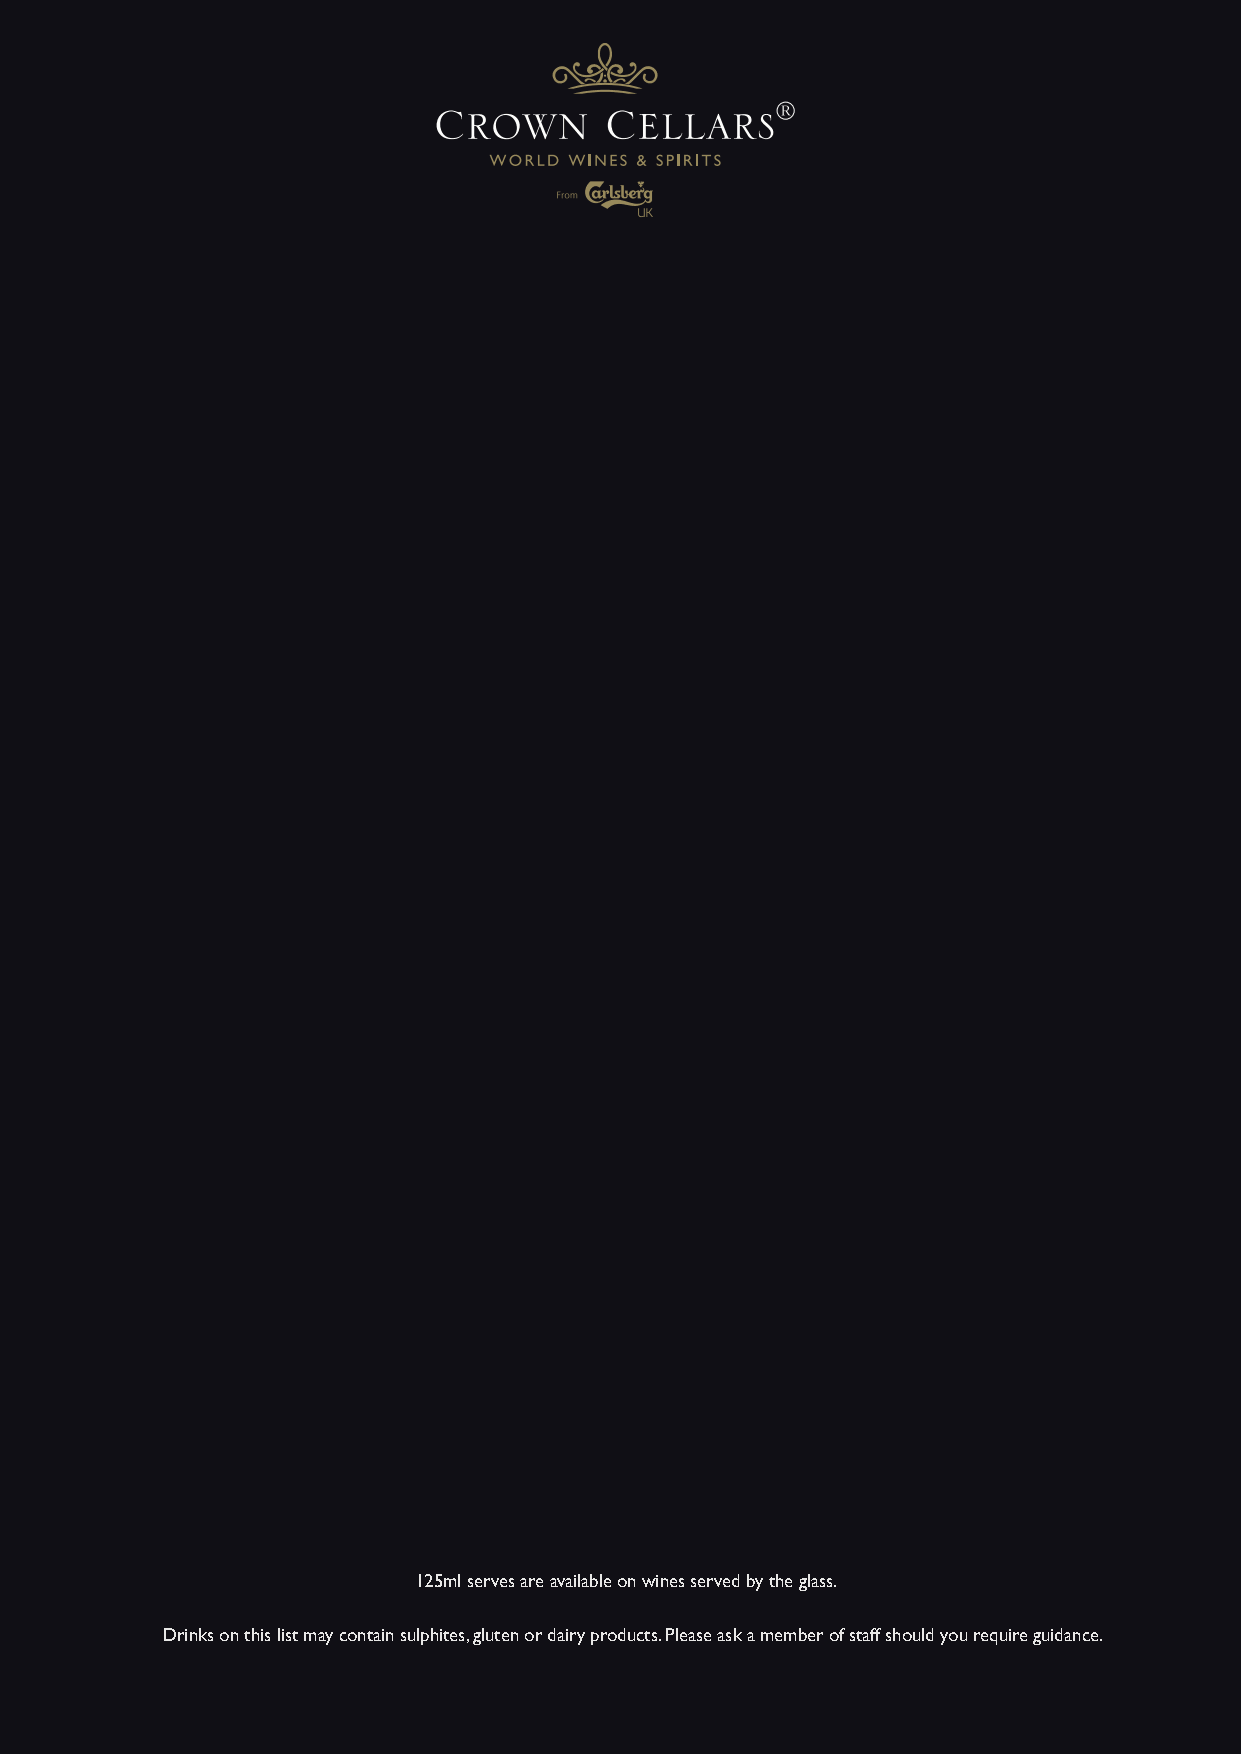
125ml serves are available on wines served by the glass.
 Drinks on this list may contain sulphites, gluten or dairy products. Please ask a member of staff should you require guidance.